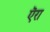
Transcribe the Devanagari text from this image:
ऎरा